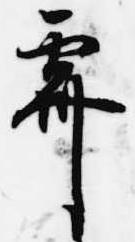
霽